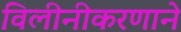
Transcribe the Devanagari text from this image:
विलीनीकरणाने